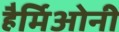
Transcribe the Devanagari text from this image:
हैर्मिओनी